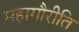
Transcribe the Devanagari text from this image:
महागौरीति